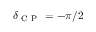
\delta _ { \mathrm { ~ C ~ P ~ } } = - \pi / 2